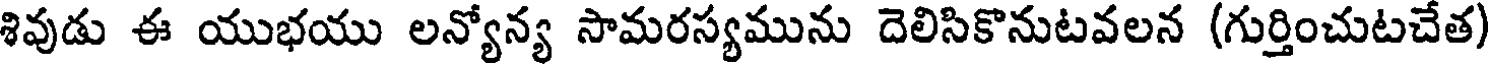
శివుడు ఈ యుభయు లన్యోన్య సామరస్యమును దెలిసికొనుటవలన (గుర్తించుటచేత)